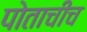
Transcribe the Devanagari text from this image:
पोताचीच